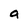
Character: a